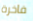
فاخرة